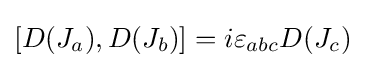
\left[{D(J_{a})},{D(J_{b})}\right]=i\varepsilon _{abc}{D(J_{c})}